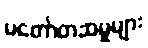
မတော်တဆမှုများ